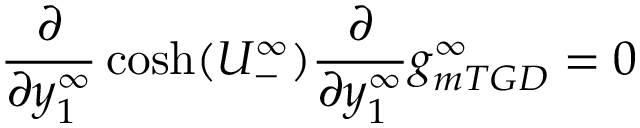
\frac { \partial } { \partial y _ { 1 } ^ { \infty } } \cosh ( U _ { - } ^ { \infty } ) \frac { \partial } { \partial y _ { 1 } ^ { \infty } } g _ { m T G D } ^ { \infty } = 0